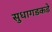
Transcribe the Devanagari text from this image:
सुधागडकडे